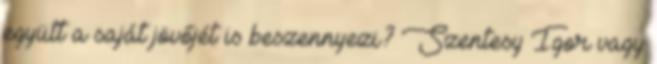
együtt a saját jövőjét is beszennyezi? Szentesy Igor vagy